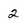
Character: 2